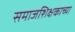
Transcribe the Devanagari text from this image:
समाजशिक्षकाच्या